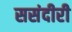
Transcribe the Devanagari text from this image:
ससंदीरी